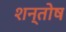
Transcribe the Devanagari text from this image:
शन्तोष